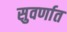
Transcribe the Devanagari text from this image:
सुवर्णात